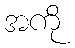
အကို